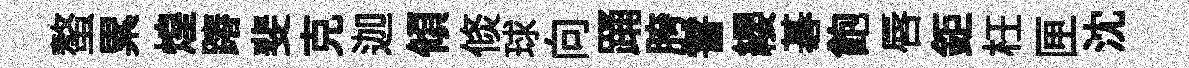
螯累煌蹖斐克迦傾倐球向踊胯霅纓碁飽唇鉅枉匣沈